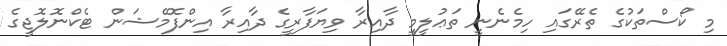
މި ކޯސްތަކުގެ ތެރޭގައި ހިމެނެނީ ތަޢުލީމީ ދާއިރާ ވިޔަފާރީގެ ދާއިރާ އިންފޮމޭޝަން ޓެކްނޮލޮޖީގެ